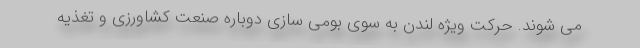
می شوند. حرکت ویژه لندن به سوی بومی سازی دوباره صنعت کشاورزی و تغذیه